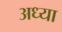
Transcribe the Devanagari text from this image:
अध्या